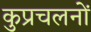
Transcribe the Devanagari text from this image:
कुप्रचलनों